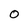
Character: 0